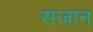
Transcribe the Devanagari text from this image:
सजान